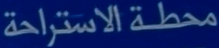
محطة الاستراحة